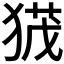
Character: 𭸙